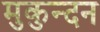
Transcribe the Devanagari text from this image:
मुकुन्दन